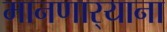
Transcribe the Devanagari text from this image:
मानणार्‍याना